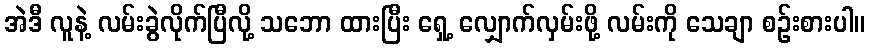
အဲဒီ လူနဲ့ လမ်းခွဲလိုက်ပြီလို့ သဘော ထားပြီး ရှေ့ လျှောက်လှမ်းဖို့ လမ်းကို သေချာ စဉ်းစားပါ။